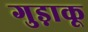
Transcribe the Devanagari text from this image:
गुड़ाकू